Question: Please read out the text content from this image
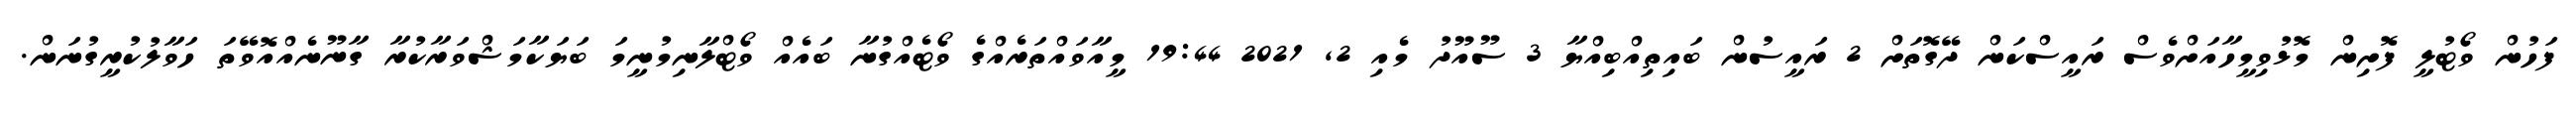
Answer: ފަހުން ވޯޓުލީ ފޮށިން މޮޅުވިމީހާއަށްވެސް ރައީސްކަން ދޭގޮތަށް 2 ރައީސުން ބައިތިއްބިއްޔާ 3 ސޫއޫދު މެއި 2, 2021 19:44 މީއާވައްތަރެއްގެ ވޯޓެއްގުނާ ބައެއް ވޯޓްލާނިމުނީމަ ބަޔަކާމަޝްވަރާކުރާ ގާނޫނެއްއޮވޭތަ ހަވާލުކުރީގުނަން.